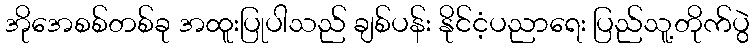
အိုအေစစ်တစ်ခု အထူးပြုပါသည် ချစ်ပန်း နိုင်ငံ့ပညာရေး ပြည်သူ့တိုက်ပွဲ